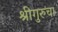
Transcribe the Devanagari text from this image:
श्रीगुरुंचा